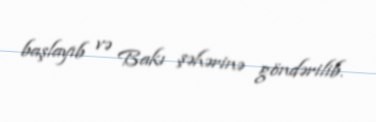
başlayıb və Bakı şəhərinə göndərilib.